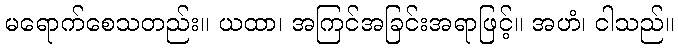
မရောက်စေသတည်း။ ယထာ၊ အကြင်အခြင်းအရာဖြင့်။ အဟံ၊ ငါသည်။